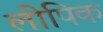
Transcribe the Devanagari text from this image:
लीपिक